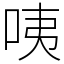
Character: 咦